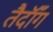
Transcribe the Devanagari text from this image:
तैदॉँग